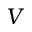
V